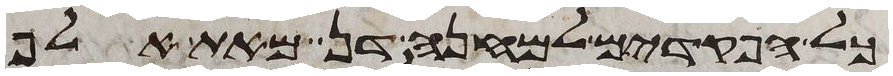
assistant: כל הפקדים למחנה דן מאת אלף